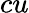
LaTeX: cu